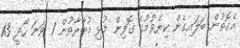
އެގޮތުން ބަލައިގެން ކިޔެވުމުގެ ގޮފިން މުޅި މުބާރާތުން 1 ވަނަ ހޯދީ 13